Riigikantselei, lk 60
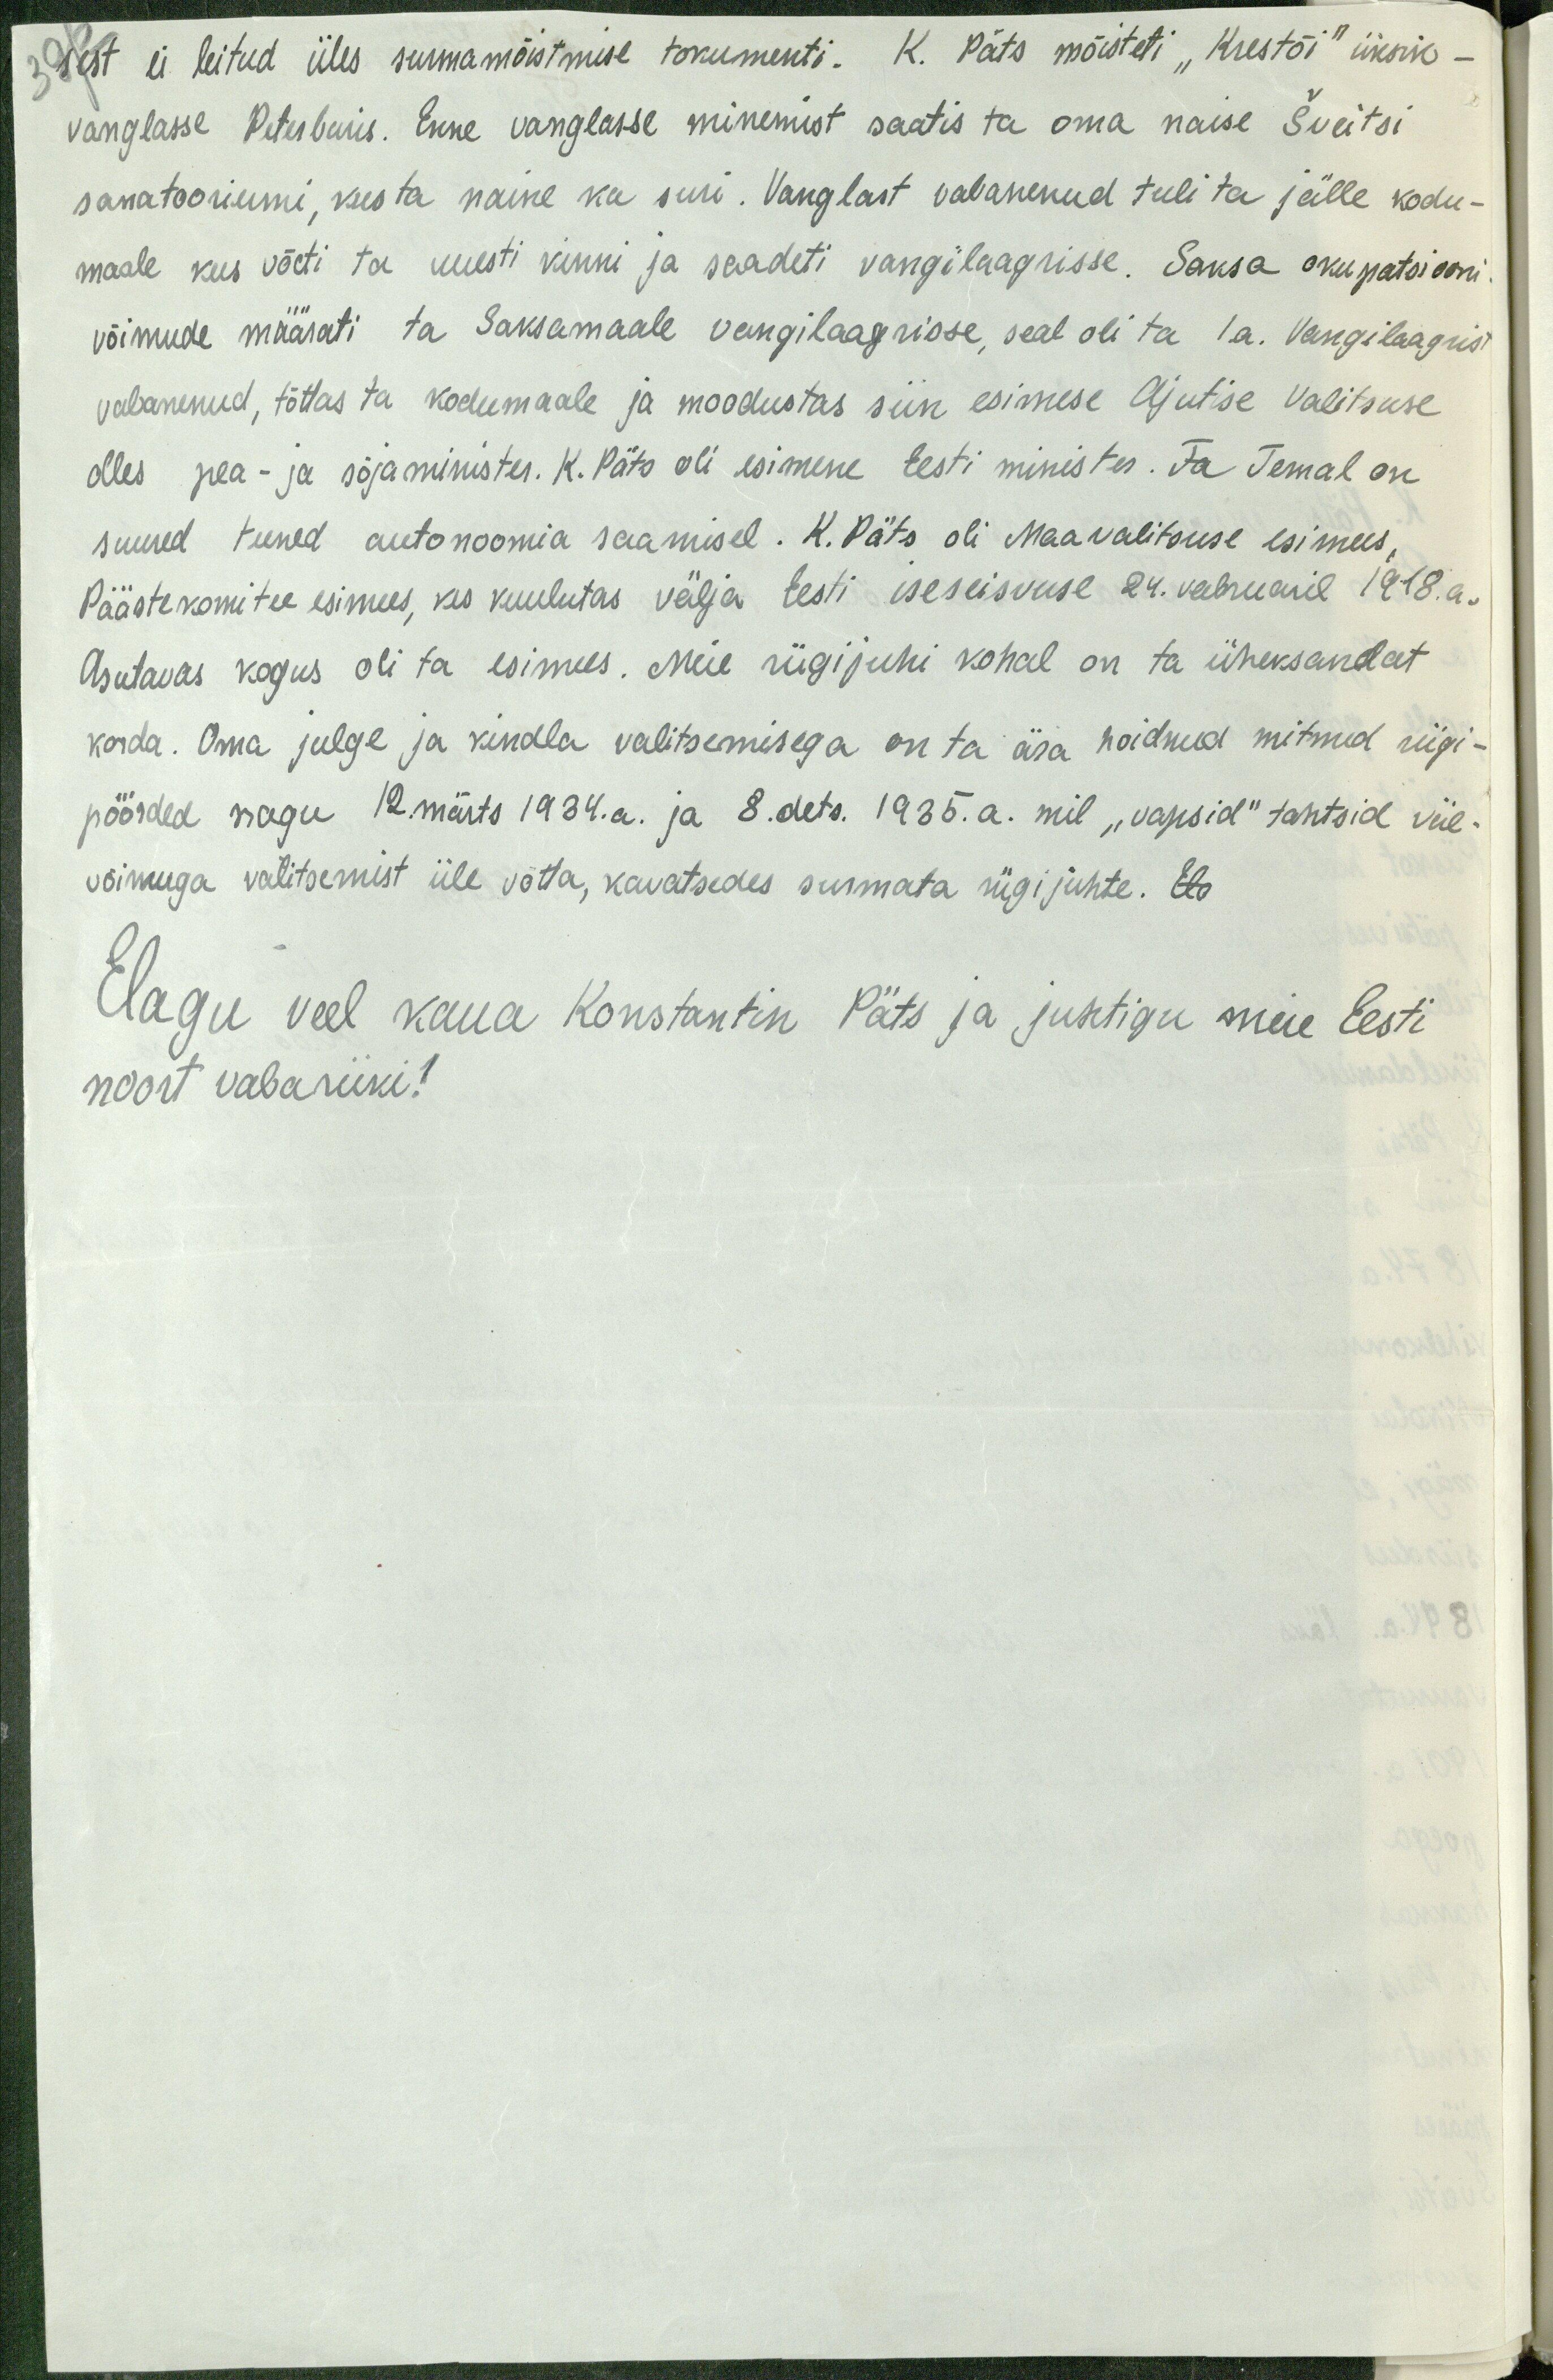
sest ei leitud üles surmamõistmise tokumenti. K. Päts mõisteti "Krestõi" üksik-
vanglasse Peterburis. Enne vanglasse minemist saatis ta oma naise Šveitsi
sanatooriumi, kus ta naine ka suri. Vanglast vabanenud tuli ta jälle kodu-
maale kus võeti ta uuesti kinni ja saadeti vangilaagrisse. Saksa okupatsiooni
võimude määrati ta Saksamaale vangilaagrisse, seal oli ta 1.a. Vangilaagrist
vabanenud, tõttas ta kodumaale ja moodustas siin esimese Ajutise Valitsuse
olles pea- ja sõjaminister. K. Päts oli esimene Eesti minister. Ja Temal on
suured teened autonoomia saamisel. K. Päts oli Maavalitsuse esimees
Päästekomitee esimees, kes kuulutas välja Eesti iseseisvuse 24. veebruaril 1918. a.
Asutavas kogus oli ta esimees. Meie riigijuhi kohal on ta üheksandat
korda. Oma julge ja kindla valitsemisega on ta ära hoidnud mitmed riigi-
pöörded nagu 12.märts 1934.a. ja 8.dets. 1935. a. mil "vapsid" tahtsid väe-
võimuga valitsemist üle võtta, kavatsedes surmata riigijuhte. Edo
Elagu veel kaua Konstantin Päts ja juhtigu meie Eesti
noort vabariiki!